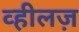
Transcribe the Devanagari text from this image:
व्हीलज़